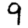
Digit: 9